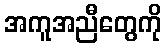
အကူအညီတွေကို